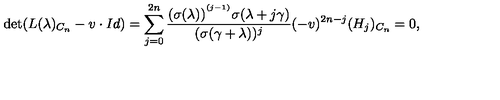
\det ( L ( \lambda ) _ { C _ { n } } - v \cdot I d ) = \sum _ { j = 0 } ^ { 2 n } \frac { ( \sigma ( \lambda ) ) ^ { ^ { ( j - 1 ) } } \sigma ( \lambda + j \gamma ) } { ( \sigma ( \gamma + \lambda ) ) ^ { j } } ( - v ) ^ { 2 n - j } ( H _ { j } ) _ { C _ { n } } = 0 ,